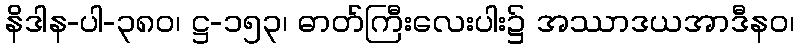
နိဒါန-ပါ-၃၈၀၊ ဋ္ဌ-၁၅၃၊ ဓာတ်ကြီးလေးပါး၌ အဿာဒယအာဒီနဝ၊